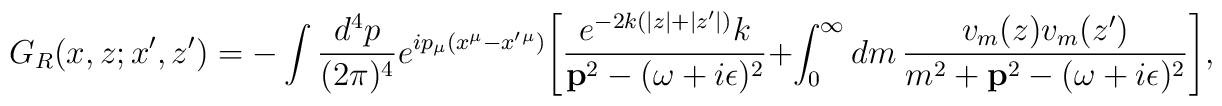
G_R(x,z;x',z')=-\int \frac{d^4 p}{(2\pi)^4}e^{ip_{\mu}(x^{\mu}-x'{}^{\mu})}\Biggl[\frac{e^{-2k(|z|+|z'|)} k}{ {\bf p}^2-(\omega+i\epsilon)^2}+\int_0^{\infty} dm\, \frac{v_m(z) v_m(z')}{ m^2+{\bf p}^2-(\omega+i\epsilon)^2}\Biggr],